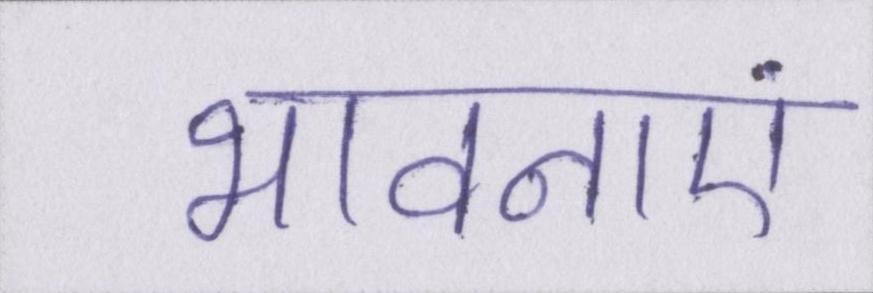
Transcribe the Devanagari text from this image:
भावनाएं